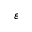
\varepsilon